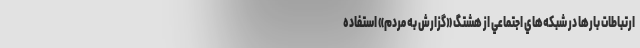
ارتباطات بارها در شبكه‌هاي اجتماعي از هشتگ «گزارش به مردم» استفاده